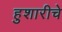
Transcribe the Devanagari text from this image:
हुशारीचे